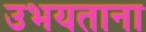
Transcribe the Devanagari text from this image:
उभयताना